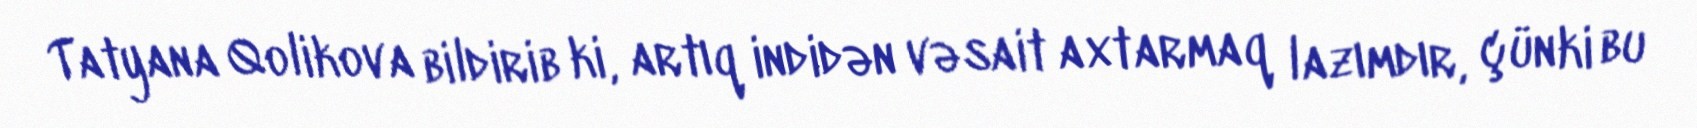
Tatyana Qolikova bildirib ki, artıq indidən vəsait axtarmaq lazımdır, çünki bu